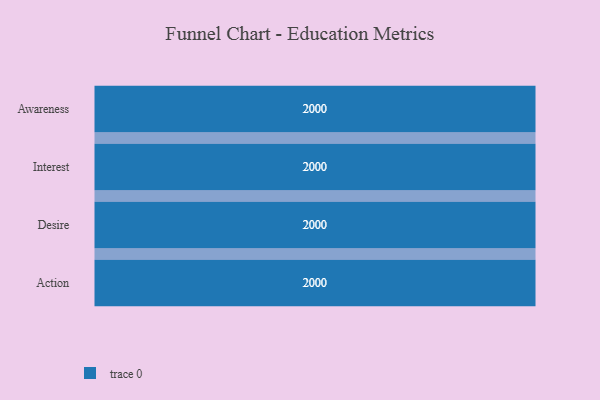
{"axis": {"x": "Stage", "y": "Value"}, "legend": [""], "data": [{"x": "Awareness", "y": 2000, "type": ""}, {"x": "Interest", "y": 2000, "type": ""}, {"x": "Desire", "y": 2000, "type": ""}, {"x": "Action", "y": 2000, "type": ""}]}